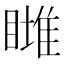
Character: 𥊖